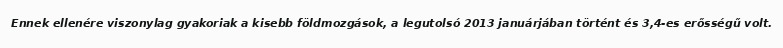
Ennek ellenére viszonylag gyakoriak a kisebb földmozgások, a legutolsó 2013 januárjában történt és 3,4-es erősségű volt.